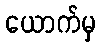
ယောက်မှ